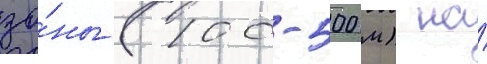
зо́ны (100-500 м) на́